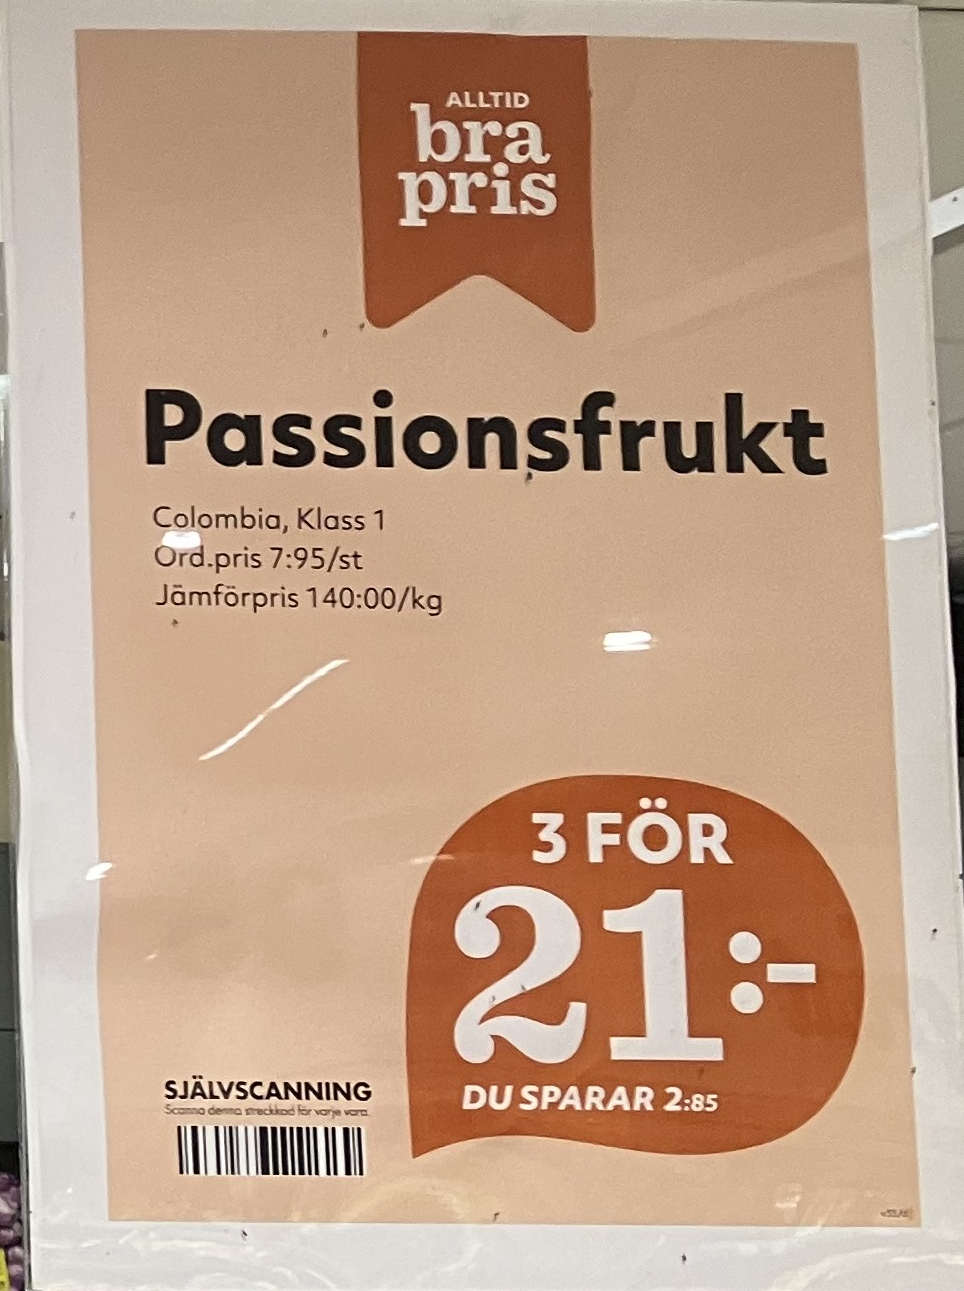
Vara: Passionsfrukt
Genomsnittspris: 140 per kg